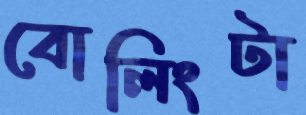
বোলিংটা